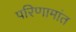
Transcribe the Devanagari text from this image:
परिणामांत